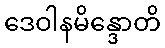
ဒေဝါနမိန္ဒောတိ